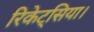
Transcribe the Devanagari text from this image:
रिकेट्सिया।